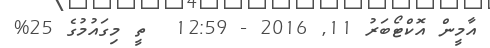
އާމީން އޮކްޓޯބަރު 11